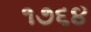
૧૭૬૪